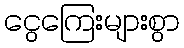
ငွေကြေးများစွာ